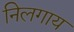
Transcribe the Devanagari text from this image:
निलगाय